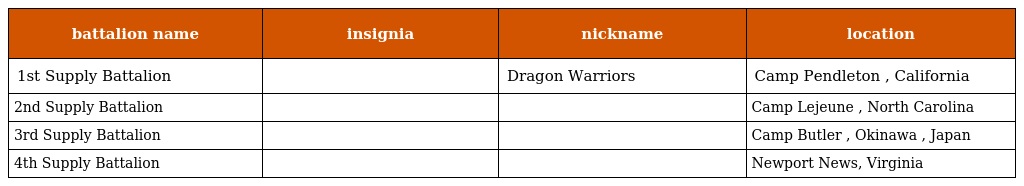
| battalion name | insignia | nickname | location |
 | --- | --- | --- | --- |
 | 1st Supply Battalion |  | Dragon Warriors | Camp Pendleton , California |
 | 2nd Supply Battalion |  |  | Camp Lejeune , North Carolina |
 | 3rd Supply Battalion |  |  | Camp Butler , Okinawa , Japan |
 | 4th Supply Battalion |  |  | Newport News, Virginia |